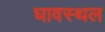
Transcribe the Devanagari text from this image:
घावस्थल